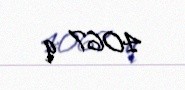
4067 q